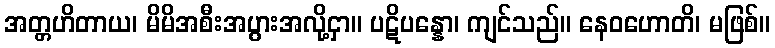
အတ္တဟိတာယ၊ မိမိအစီးအပွားအလို့ငှာ။ ပဋိပန္နော၊ ကျင်သည်။ နေဝဟောတိ၊ မဖြစ်။